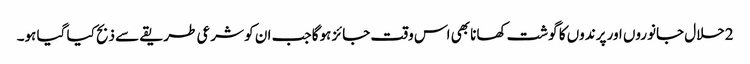
2حلال جانوروں اور پرندوں کا گوشت کھانا بھی اس وقت جائز ہوگا جب ان کو شرعی طریقے سے ذبح کیا گیا ہو۔